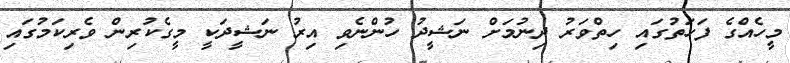
މީހެއްގެ ފަހަތުގައި ހިތްވަރު ދިނުމަށް ނަޝީދު ހުންނެވި އިރު ނަޝީދަކީ މީގެކުރިން ވެރިކަމުގައި